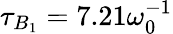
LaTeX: \tau_{B_{1}}=7.21\omega_{0}^{-1}